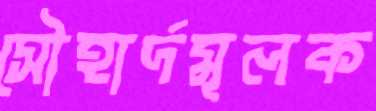
সৌহার্দমূলক